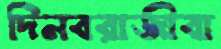
দিনবরাজীবা